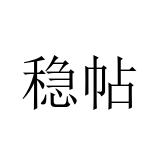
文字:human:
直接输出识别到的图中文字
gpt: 稳帖